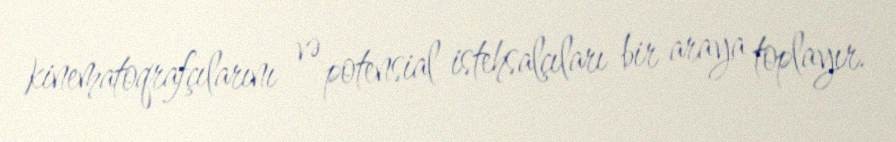
kinematoqrafçılarını və potensial istehsalçıları bir araya toplayır.